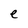
Character: e